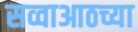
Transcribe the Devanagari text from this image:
सव्वाआठच्या